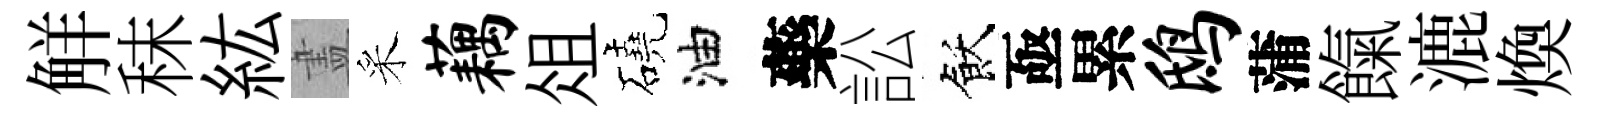
觧秣紘𥁞采藕俎磽油藥訟飫亟累鸱蒲餼漉煥